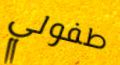
طفولي